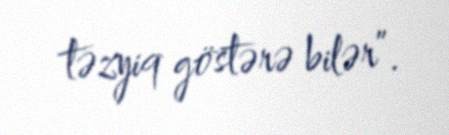
təzyiq göstərə bilər”.